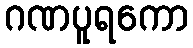
ဂဏပူရကော